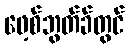
ဖေ့စ်ဘွတ်ခ်တွင်